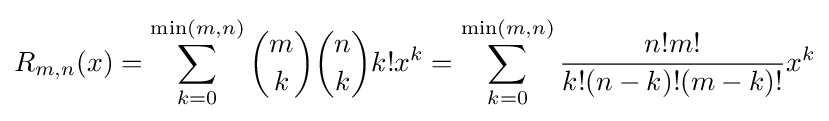
R_{m,n}(x)=\sum _{k=0}^{\min(m,n)}{\binom {m}{k}}{\binom {n}{k}}k!x^{k}=\sum _{k=0}^{\min(m,n)}{\frac {n!m!}{k!(n-k)!(m-k)!}}x^{k}